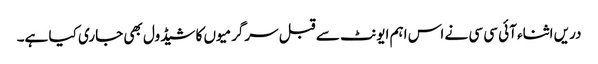
دریں اثناء آئی سی سی نے اس اہم ایونٹ سے قبل سرگرمیوں کا شیڈول بھی جاری کیا ہے۔